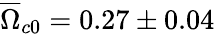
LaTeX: \overline{{\Omega}}_{c0}=0.27\pm 0.04